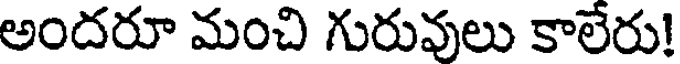
అందరూ మంచి గురువులు కాలేరు!